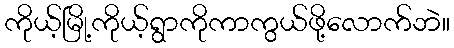
ကိုယ့်မြို့ကိုယ့်ရွာကိုကာကွယ်ဖို့လောက်ဘဲ။